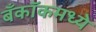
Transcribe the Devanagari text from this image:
बँकॉकमध्ये